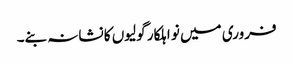
فروری میں نو اہلکار گولیوں کا نشانہ بنے۔